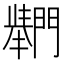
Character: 𲈴